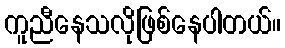
ကူညီနေသလိုဖြစ်နေပါတယ်။